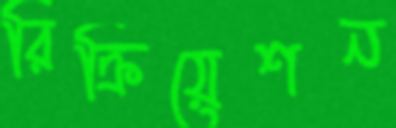
রিক্রিয়েশন